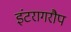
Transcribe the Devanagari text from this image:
इंटरागरौप